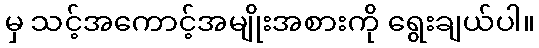
မှ သင့်အကောင့်အမျိုးအစားကို ရွေးချယ်ပါ။